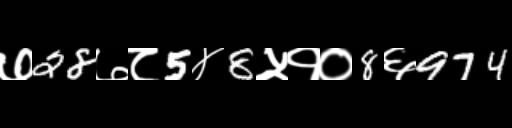
Text: ७28७८5४8५१०8६974